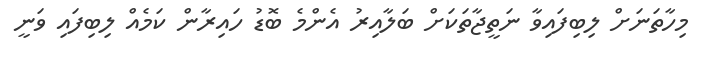
މިހާތަނަށް ލިބިފައިވާ ނަތީޖާތަކަށް ބަލާއިރު އެންމެ ބޮޑު ހައިރާން ކަމެއް ލިބިފައި ވަނީ